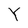
Character: Y